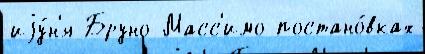
иjу́н'я Бруно Масс'имо постано́вках